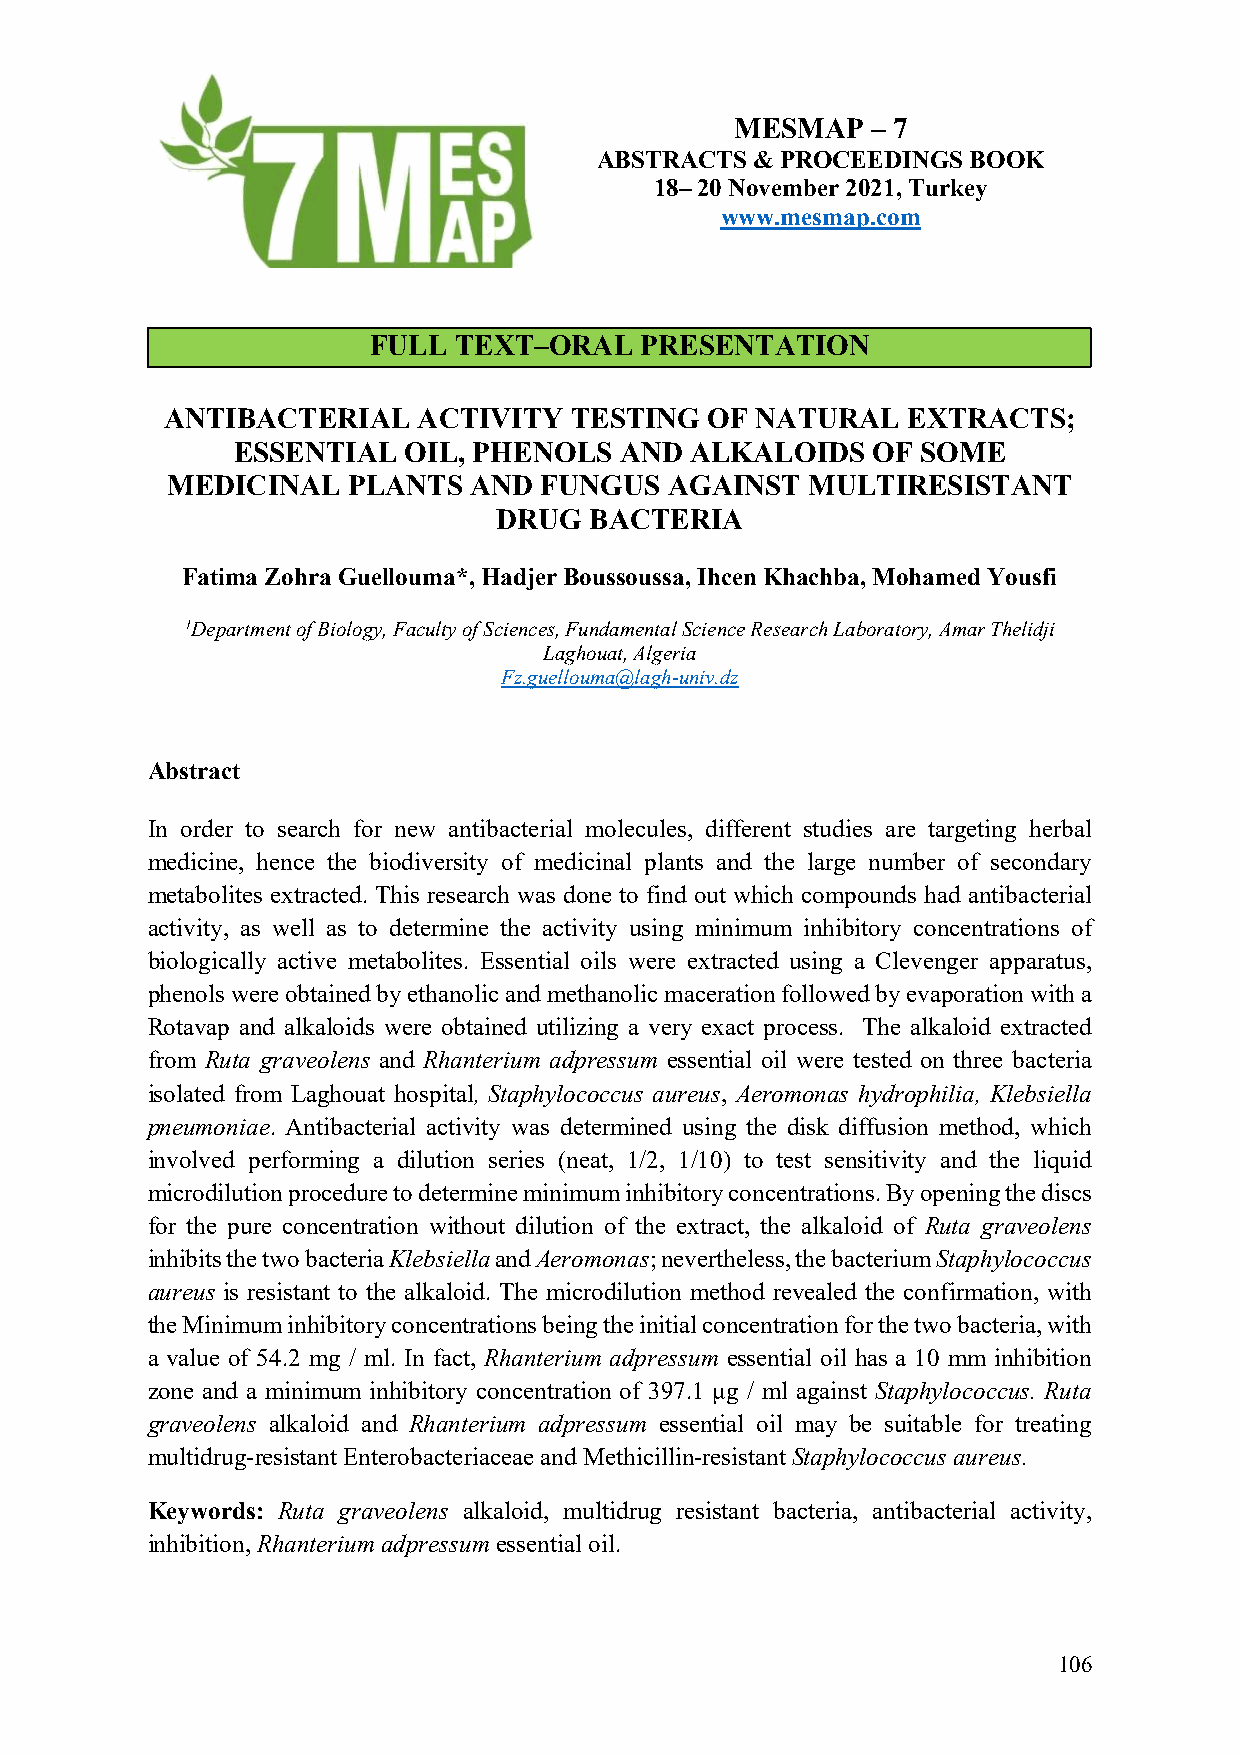
MESMAP   – 7
 ABSTRACTS  & PROCEEDINGS BOOK
 18– 20 November 2021, Turkey
 www.mesmap.com
 FULL  TEXT–ORAL   PRESENTATION
 ANTIBACTERIAL    ACTIVITY  TESTING  OF NATURAL   EXTRACTS;
 ESSENTIAL   OIL, PHENOLS  AND  ALKALOIDS   OF SOME
 MEDICINAL   PLANTS  AND  FUNGUS  AGAINST  MULTIRESISTANT
 DRUG  BACTERIA
 Fatima Zohra Guellouma*, Hadjer Boussoussa, Ihcen Khachba, Mohamed Yousfi
 1Department of Biology, Faculty of Sciences, Fundamental Science Research Laboratory, Amar Thelidji
 Laghouat, Algeria
 Fz.guellouma@lagh-univ.dz
 Abstract
 In order to search for new antibacterial molecules, different studies are targeting herbal
 medicine, hence the biodiversity of medicinal plants and the large number of secondary
 metabolites extracted. This research was done to find out which compounds had antibacterial
 activity, as well as to determine the activity using minimum inhibitory concentrations of
 biologically active metabolites. Essential oils were extracted using a Clevenger apparatus,
 phenols were obtained by ethanolic and methanolic maceration followed by evaporation with a
 Rotavap and alkaloids were obtained utilizing a very exact process. The alkaloid extracted
 from Ruta graveolens and Rhanterium adpressum essential oil were tested on three bacteria
 isolated from Laghouat hospital, Staphylococcus aureus, Aeromonas hydrophilia, Klebsiella
 pneumoniae. Antibacterial activity was determined using the disk diffusion method, which
 involved performing a dilution series (neat, 1/2, 1/10) to test sensitivity and the liquid
 microdilution procedure to determine minimum inhibitory concentrations. By opening the discs
 for the pure concentration without dilution of the extract, the alkaloid of Ruta graveolens
 inhibits the two bacteria Klebsiella and Aeromonas; nevertheless, the bacterium Staphylococcus
 aureus is resistant to the alkaloid. The microdilution method revealed the confirmation, with
 the Minimum inhibitory concentrations being the initial concentration for the two bacteria, with
 a value of 54.2 mg / ml. In fact, Rhanterium adpressum essential oil has a 10 mm inhibition
 zone and a minimum inhibitory concentration of 397.1 µg / ml against Staphylococcus. Ruta
 graveolens alkaloid and Rhanterium adpressum essential oil may be suitable for treating
 multidrug-resistant Enterobacteriaceae and Methicillin-resistant Staphylococcus aureus.
 Keywords: Ruta graveolens alkaloid, multidrug resistant bacteria, antibacterial activity,
 inhibition, Rhanterium adpressum essential oil.
 106